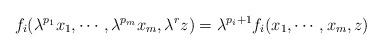
LaTeX: \begin{align*}f_i(\lambda ^{p_1}x_1 ,\cdots ,\lambda^{p_m}x_m, \lambda ^r z) = \lambda ^{p_i+1}f_i(x_1 , \cdots ,x_m,z)\end{align*}